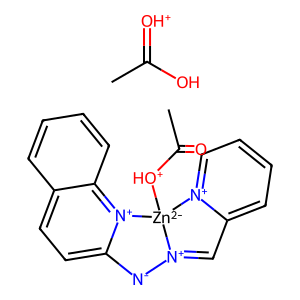
SMILES: CC(=O)[OH+][Zn-2]12[N+](=Cc3cccc[n+]31)[N-]c1ccc3ccccc3[n+]12.CC(O)=[OH+]
Inhibits HIV replication: No